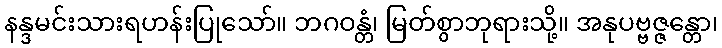
နန္ဒမင်းသားရဟန်းပြုသော်။ ဘဂဝန္တံ၊ မြတ်စွာဘုရားသို့။ အနုပဗ္ဗဇ္ဇန္တော၊